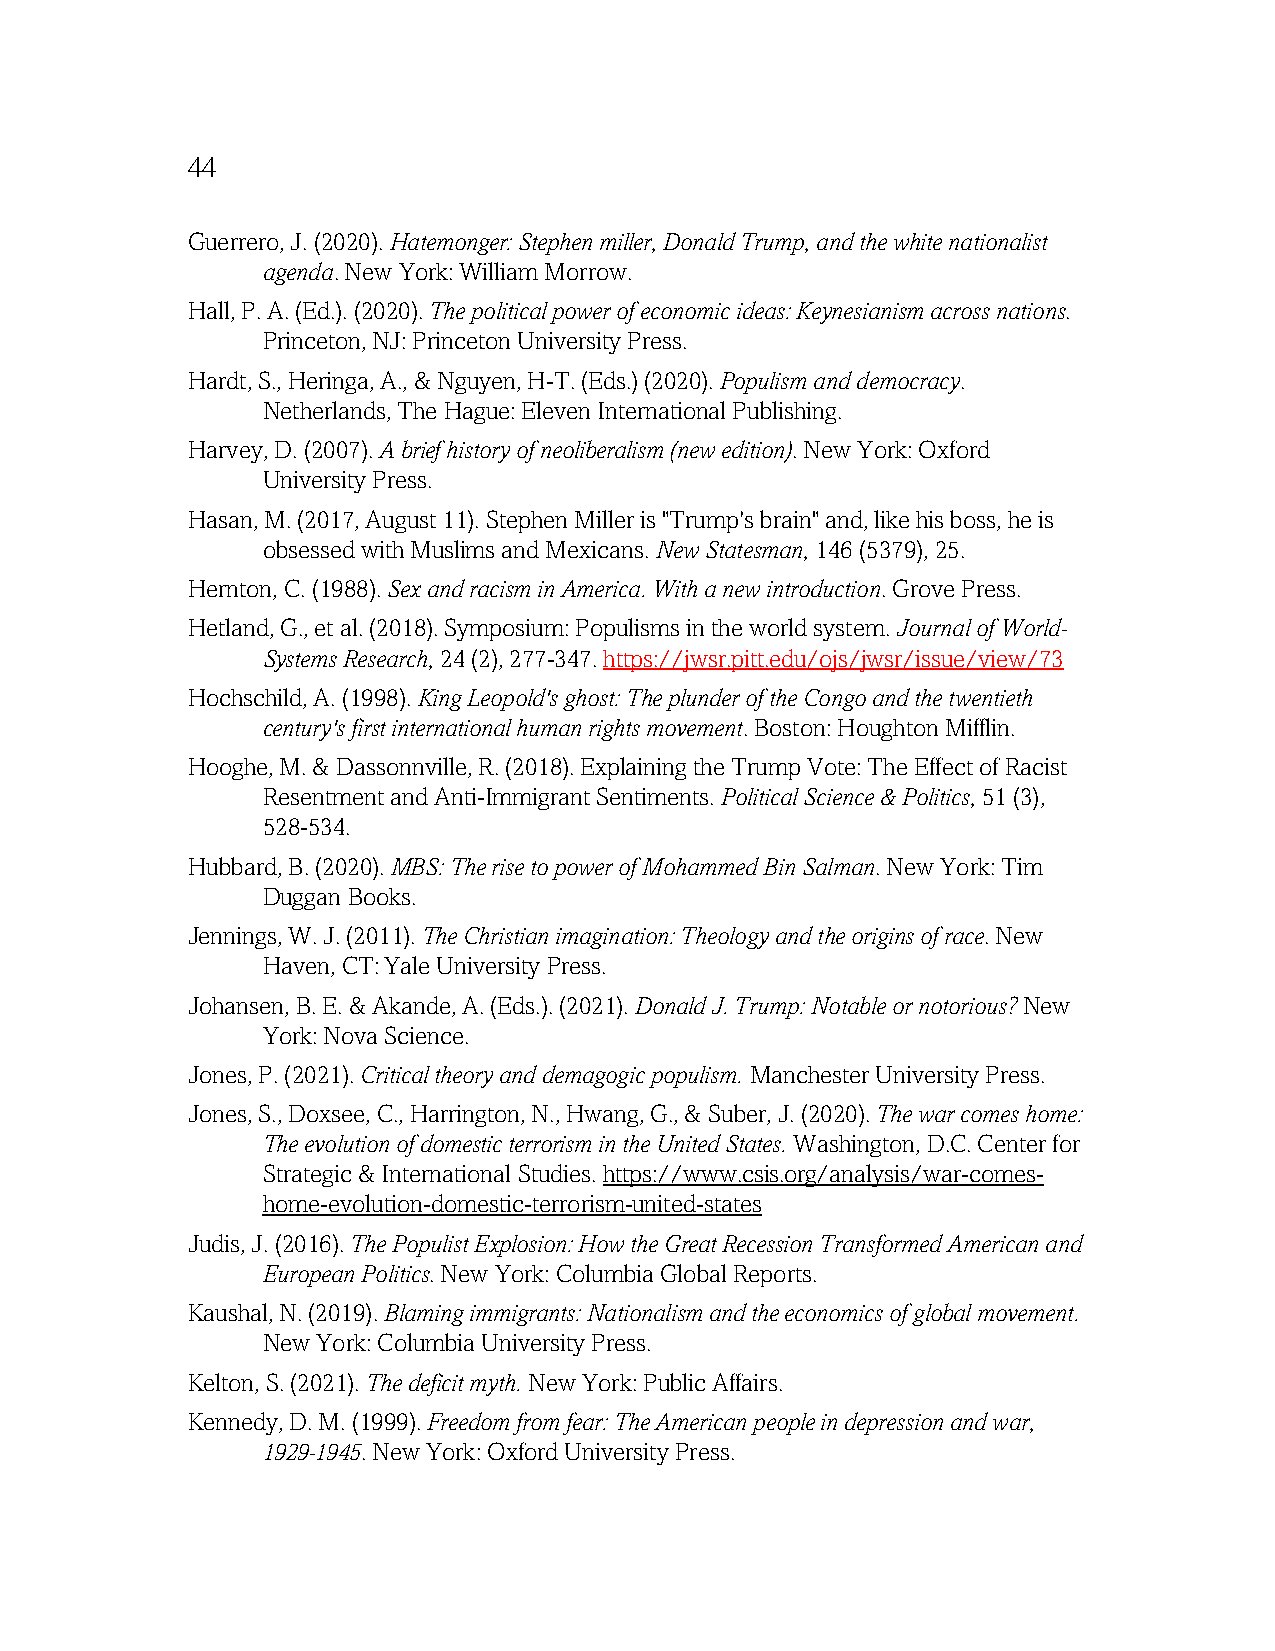
44
 Guerrero, J. (2020). Hatemonger: Stephen miller, Donald Trump, and the white nationalist
 agenda. New York: William Morrow.
 Hall, P. A. (Ed.). (2020). The political power of economic ideas: Keynesianism across nations.
 Princeton, NJ: Princeton University Press.
 Hardt, S., Heringa, A., & Nguyen, H-T. (Eds.) (2020). Populism and democracy.
 Netherlands, The Hague: Eleven International Publishing.
 Harvey, D. (2007). A brief history of neoliberalism (new edition). New York: Oxford
 University Press.
 Hasan, M. (2017, August 11). Stephen Miller is "Trump's brain" and, like his boss, he is
 obsessed with Muslims and Mexicans. New Statesman, 146 (5379), 25.
 Hernton, C. (1988). Sex and racism in America. With a new introduction. Grove Press.
 Hetland, G., et al. (2018). Symposium: Populisms in the world system. Journal of World-
 Systems Research, 24 (2), 277-347. https://jwsr.pitt.edu/ojs/jwsr/issue/view/73
 Hochschild, A. (1998). King Leopold's ghost: The plunder of the Congo and the twentieth
 century's first international human rights movement. Boston: Houghton Mifflin.
 Hooghe, M. & Dassonnville, R. (2018). Explaining the Trump Vote: The Effect of Racist
 Resentment and Anti-Immigrant Sentiments. Political Science & Politics, 51 (3),
 528-534.
 Hubbard, B. (2020). MBS: The rise to power of Mohammed Bin Salman. New York: Tim
 Duggan Books.
 Jennings, W. J. (2011). The Christian imagination: Theology and the origins of race. New
 Haven, CT: Yale University Press.
 Johansen, B. E. & Akande, A. (Eds.). (2021). Donald J. Trump: Notable or notorious? New
 York: Nova Science.
 Jones, P. (2021). Critical theory and demagogic populism. Manchester University Press.
 Jones, S., Doxsee, C., Harrington, N., Hwang, G., & Suber, J. (2020). The war comes home:
 The evolution of domestic terrorism in the United States. Washington, D.C. Center for
 Strategic & International Studies. https://www.csis.org/analysis/war-comes-
 home-evolution-domestic-terrorism-united-states
 Judis, J. (2016). The Populist Explosion: How the Great Recession Transformed American and
 European Politics. New York: Columbia Global Reports.
 Kaushal, N. (2019). Blaming immigrants: Nationalism and the economics of global movement.
 New York: Columbia University Press.
 Kelton, S. (2021). The deficit myth. New York: Public Affairs.
 Kennedy, D. M. (1999). Freedom from fear: The American people in depression and war,
 1929-1945. New York: Oxford University Press.